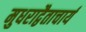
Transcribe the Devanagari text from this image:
मुधराद्वैताचार्य